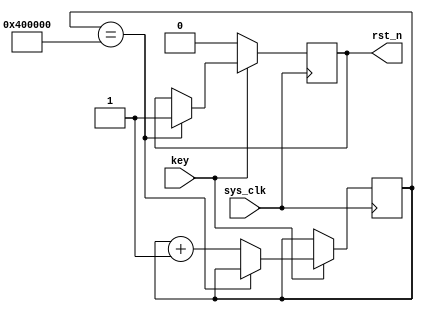
/**
	******************************************************************************
 * Copyright(c) 2019 liulx
 * All rights reserved
 *
 * eth_reset.v: The minimum reset pulse width is 10ms.
	******************************************************************************
*/
module eth_reset
(
	input sys_clk,
	input key,
	output reg rst_n
);

// delay about 20ms for sure.
// the clock frequency is 200 Mhz. Thus the delay clock counts is 
reg[23:0] cnt = 24'd0;
always@(posedge sys_clk) begin
    if(key == 1'b0) begin
        rst_n <= 1'b0;
    end
    else begin
    	if(cnt == 24'h400000) begin
            rst_n <= 1'b1;
	    end
	    else
		    cnt <= cnt + 1'b1;
    end
end
       
endmodule